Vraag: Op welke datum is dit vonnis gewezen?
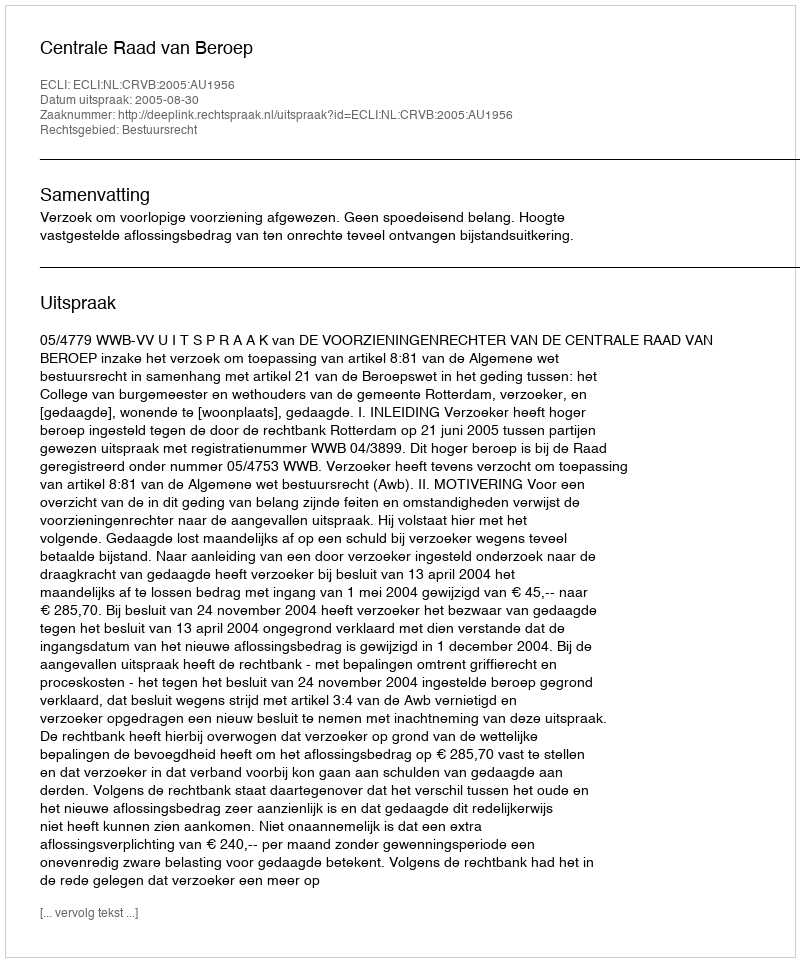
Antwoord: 2005-08-30